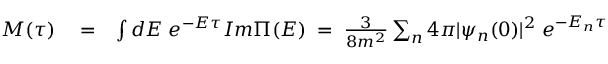
\begin{array} { r l r } { M ( \tau ) } & { { } = } & { \int d E \; e ^ { - E \tau } I m \Pi ( E ) \; = \; \frac { 3 } { 8 m ^ { 2 } } \sum _ { n } 4 \pi | \psi _ { n } ( 0 ) | ^ { 2 } \; e ^ { - E _ { n } \tau } } \end{array}